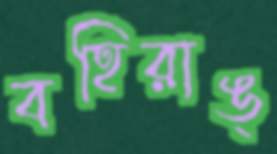
বহিরাঙ্